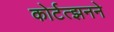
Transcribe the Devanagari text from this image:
कोर्टत्झनने